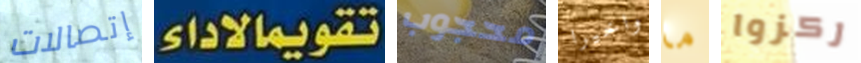
إتصالات تقويمالاداء محجوب واخيرا ما ركزوا